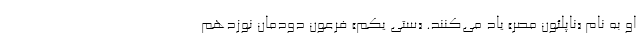
او به نام «ناپلئون مصر» یاد می‌کنند. «ستی یکم» فرعون دودمان نوزدهم